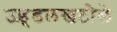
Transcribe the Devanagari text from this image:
उड़्डलखटोले